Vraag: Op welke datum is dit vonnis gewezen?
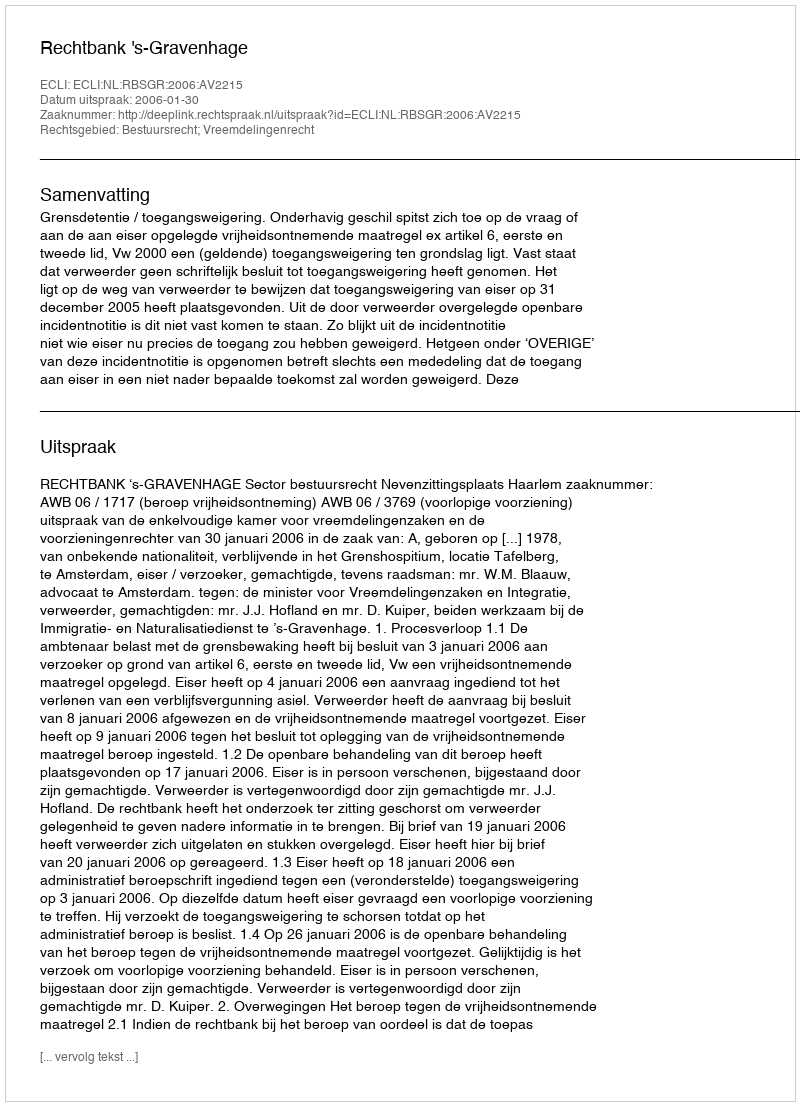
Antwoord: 2006-01-30